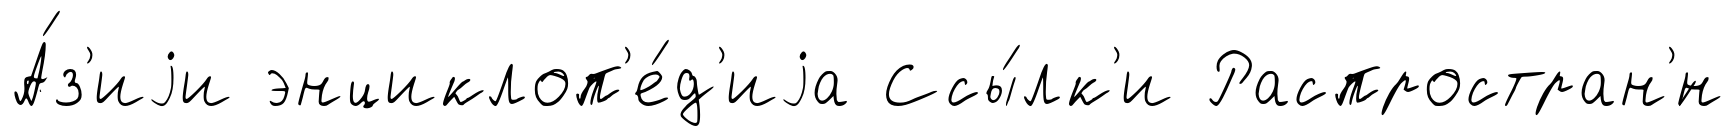
А́з'иjи энциклоп'е́д'иjа Ссы́лк'и Распростран'́н